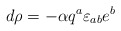
\begin{align*}d \rho =- {\alpha} q^{a}\varepsilon_{ab}e^{b}\end{align*}